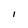
Character: l